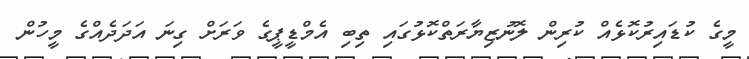
މީގެ ކުޑައިރުކޮޅެއް ކުރިން ލޮނުޒިޔާރަތްކޮޅުގައި ތިބި އެމްޑީޕީގެ ވަރަށް ގިނަ އަދަދެއްގެ މީހުން